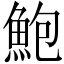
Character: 鮑